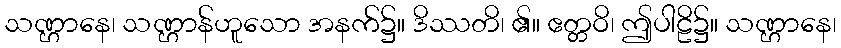
သဏ္ဌာနေ၊ သဏ္ဌာန်ဟူသော အနက်၌။ ဒိဿတိ၊ ၏။ ဧတ္တဝိ၊ ဤပါဠိ၌။ သဏ္ဌာနေ၊